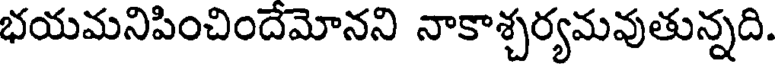
భయమనిపించిందేమోనని నాకాశ్చర్యమవుతున్నది.